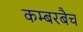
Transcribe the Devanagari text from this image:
कम्बरबैच